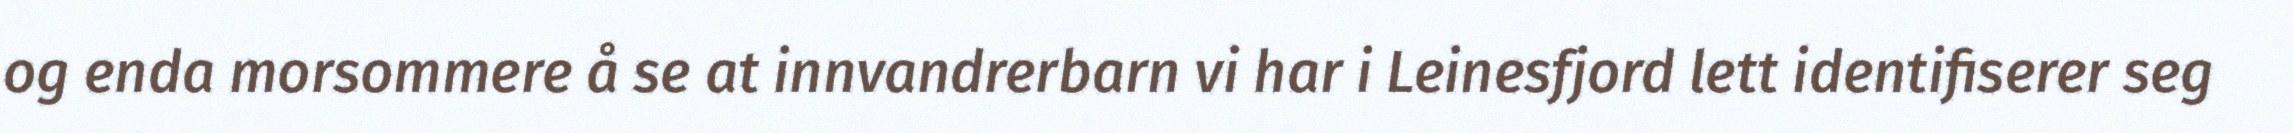
og enda morsommere å se at innvandrerbarn vi har i Leinesfjord lett identifiserer seg